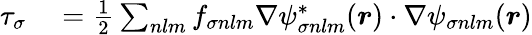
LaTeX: \begin{array}{rl}{\tau_{\sigma}}&{{}=\frac{1}{2}\sum_{nlm}f_{\sigma nlm}\nabla\psi_{\sigma nlm}^{*}(\boldsymbol{r})\cdot\nabla\psi_{\sigma nlm}(\boldsymbol{r})}\end{array}